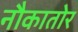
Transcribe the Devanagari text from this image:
नौकातोर